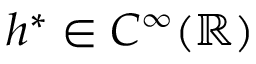
h ^ { \ast } \in C ^ { \infty } ( \mathbb { R } )